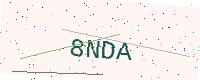
Text: 8NDA